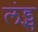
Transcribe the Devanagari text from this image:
लंड्स